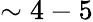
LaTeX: \sim 4-5